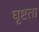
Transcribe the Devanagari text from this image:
घृष्टता